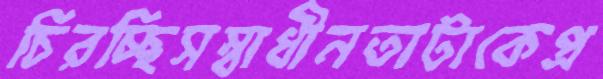
চিরচ্ছিসস্বাধীনতাটাকেপ্র